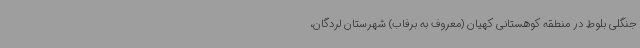
جنگلی بلوط در منطقه کوهستانی کهیان (معروف به برفاب) شهرستان لردگان،